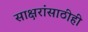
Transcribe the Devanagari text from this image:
साक्षरांसाठीही